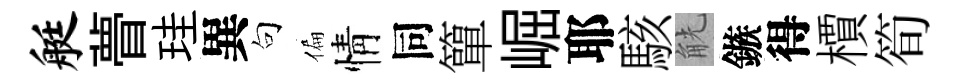
艇瞢珪異句偏情同簞崛耶駭觥鏃得檟筍